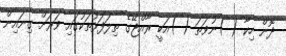
ދޮން ހިކާ ( )ނުވަތަ ( )އަކީ ރާއްޖޭގެ ތިލަފަޅުތަކުގައި ވަރަށް ގިނައިން